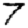
Digit: 7